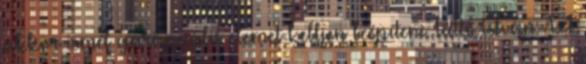
akkor ismét garanciális elemet kelljen beépíteni. Tüttő István: Azt